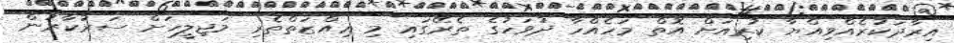
އިރާދަކުރެއްވިއްޔާ ކުރިއަށް އޮތް މަހެއްހާ ދުވަހުގެ ތެރޭގައި މި ޢިއްޒަތްތެރި މަޖިލީހަށް ސަރުކާރުން